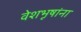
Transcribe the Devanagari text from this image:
वेशभूषांना